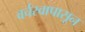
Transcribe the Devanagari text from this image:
वर्चस्वापासून